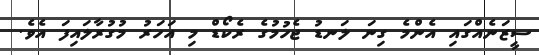
ސީޒަނެއްގައި އެންމެ ގިނަ ލަނޑު ޖެހުމުގެ ރެކޯޑް މި އަހަރު މުގުރާލައިފަ އެވެ.